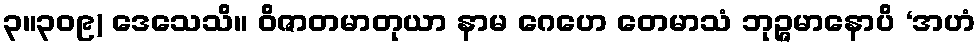
၃။၃၀၉) ဒေသေသိ။ ဝိဇာတမာတုယာ နာမ ဂေဟေ တေမာသံ ဘုဉ္ဇမာနောပိ ‘အဟံ